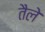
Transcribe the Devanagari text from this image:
तैले